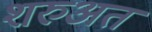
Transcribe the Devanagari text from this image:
शरुअत